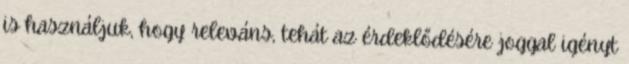
is használjuk, hogy releváns, tehát az érdeklődésére joggal igényt